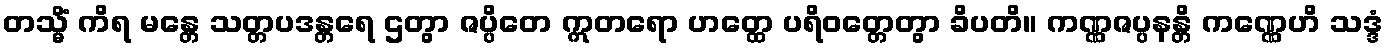
တသ္မိံ ကိရ မန္တေ သတ္တပဒန္တရေ ဌတွာ ဇပ္ပိတေ ဣတရော ဟတ္ထေ ပရိဝတ္တေတွာ ခိပတိ။ ကဏ္ဏဇပ္ပနန္တိ ကဏ္ဏေဟိ သဒ္ဒံ